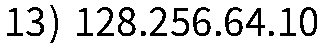
13) 128.256.64.10